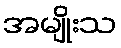
အမျိုးသ